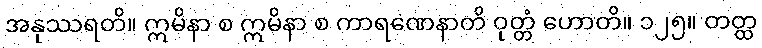
အနုဿရတိ။ ဣမိနာ စ ဣမိနာ စ ကာရဏေနာတိ ဝုတ္တံ ဟောတိ။ ၁၂၅။ တတ္ထ